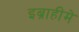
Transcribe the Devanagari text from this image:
इब्राहीमे